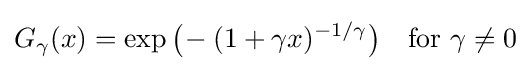
G_{\gamma }(x)=\exp {\big (}\!-(1+\gamma x)^{-1/\gamma }{\big )}\quad {\text{for }}\gamma \neq 0